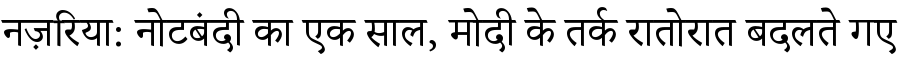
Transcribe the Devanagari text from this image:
नज़रिया: नोटबंदी का एक साल, मोदी के तर्क रातोरात बदलते गए